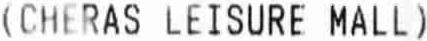
(CHERAS LEISURE MALL)